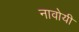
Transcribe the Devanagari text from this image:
नावोयी